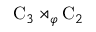
\mathrm { C } _ { 3 } \rtimes _ { \varphi } \mathrm { C } _ { 2 }